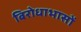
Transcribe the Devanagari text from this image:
बिरोधाभासों